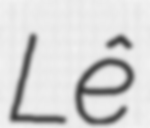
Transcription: Lê